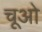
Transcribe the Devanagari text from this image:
चूओ